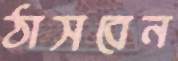
ঠাসবেন